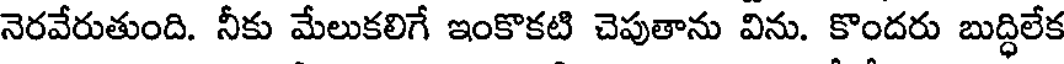
నెరవేరుతుంది. నీకు మేలుకలిగే ఇంకొకటి చెపుతాను విను. కొందరు బుద్ధిలేక